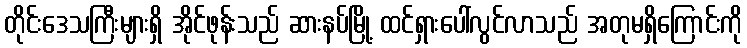
တိုင်းဒေသကြီးများရှိ အိုင်ဖုန်းသည် ဆားနပ်မြို့ ထင်ရှားပေါ်လွင်လာသည် အတုမရှိကြောင်းကို